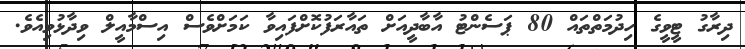
ދިރާގު ޓީވީގެ ހިދުމަތްތައް 80 ޕަސެންޓު އާބާދީއަށް ތައާރަފުކޮށްފައިވާ ކަމަށްވެސް އިސްމާއީލް ވިދާޅުވިއެވެ.